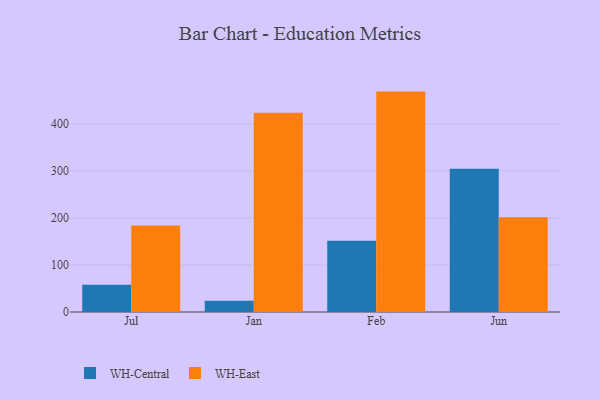
{"axis": {"x": "Month", "y": "Revenue (USD Million)"}, "legend": ["WH-Central", "WH-East"], "data": [{"x": "Jul", "y": 58.0, "type": "WH-Central"}, {"x": "Jul", "y": 184.0, "type": "WH-East"}, {"x": "Jan", "y": 23.7, "type": "WH-Central"}, {"x": "Jan", "y": 423.2, "type": "WH-East"}, {"x": "Feb", "y": 151.3, "type": "WH-Central"}, {"x": "Feb", "y": 468.4, "type": "WH-East"}, {"x": "Jun", "y": 304.4, "type": "WH-Central"}, {"x": "Jun", "y": 201.6, "type": "WH-East"}]}